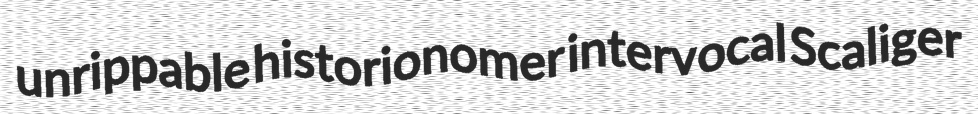
unrippable historionomer intervocal Scaliger